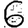
Digit: 6